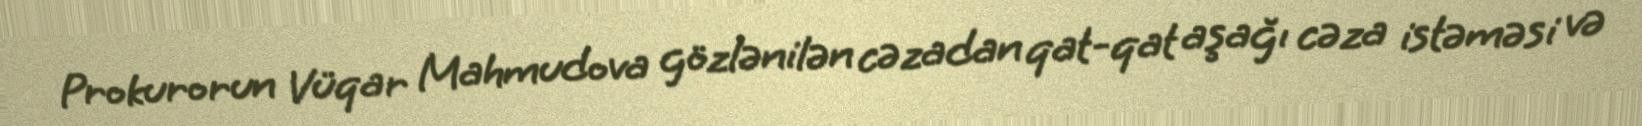
Prokurorun Vüqar Mahmudova gözlənilən cəzadan qat-qat aşağı cəza istəməsi və